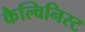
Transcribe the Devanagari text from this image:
कैल्विनिस्ट